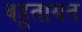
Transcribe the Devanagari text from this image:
बहूतायत